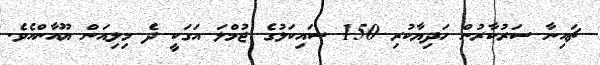
ޗައިނާ ސަރުކާރުން ހަދިޔާކުރި 150 ސައިކަލުގެ ޖުމްލަ އަގަކީ ދެ މިލިއަން ޔޫއާންއެވެ.